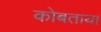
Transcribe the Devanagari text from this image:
कोबताया